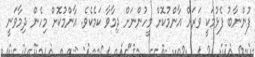
ފުންނާބު ފެޅުމަކީ ވަރަށް އާންމުކޮށް މީހުންނަށް ދިމާވާ ކަމެކެވެ. އާންމުކޮށް މިހެން ދިމާވަނީ